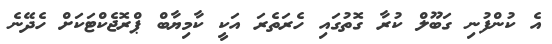
އެ ކުންފުނި ގަބޫލް ކުރާ ގޮތުގައި ހެރަތެރަ އަކީ ކާމިޔާބް ޕްރޮޖެކްޓަކަށް ހެދޭނެ